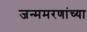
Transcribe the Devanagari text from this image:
जन्ममरणांच्या